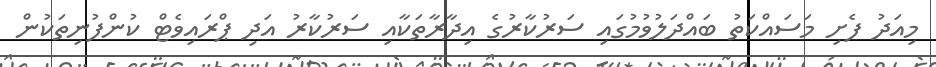
މިއަދު ފެށި މަސައްކަތު ބައްދަލުވުމުގައި ސަރުކާރުގެ އިދާރާތަކާއި ސަރުކާރު އަދި ޕްރައިވެޓް ކުންފުނިތަކުން